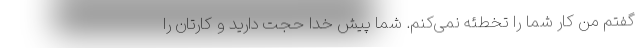
گفتم من کار شما را تخطئه نمی‌کنم. شما پیش خدا حجت دارید و کارتان را